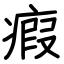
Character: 瘕